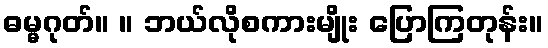
ဓမ္မဂုတ်။ ။ ဘယ်လိုစကားမျိုး ပြောကြတုန်း။